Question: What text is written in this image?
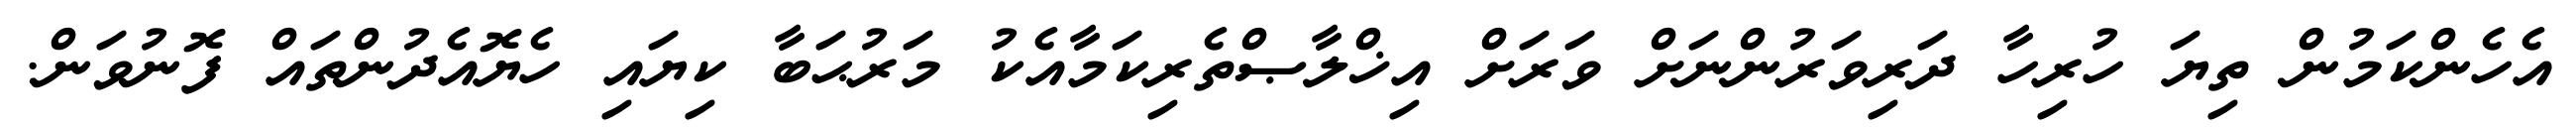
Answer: އެހެންކަމުން ތިޔަ ހުރިހާ ދަރިވަރުންނަށް ވަރަށް އިޚްލާޞްތެރިކަމާއެކު މަރުޙަބާ ކިޔައި ހެޔޮއެދުންތައް ފޮނުވަން.